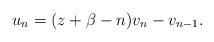
LaTeX: \begin{align*}u_{n}=(z+\beta-n) v_{n}-v_{n-1}. \end{align*}